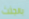
بالجثث